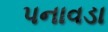
પનાવડા